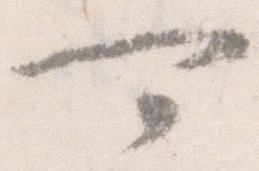
可